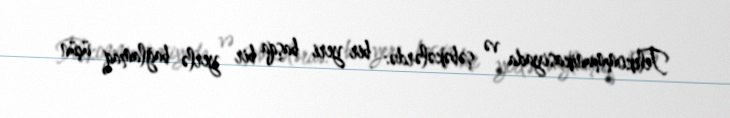
Telekommunikasiyada və şəbəkələrdə: bir yeri başqa bir yerlə bağlamaq üçün